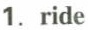
1. ride